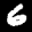
Label: 6